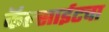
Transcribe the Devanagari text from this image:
कॅल्साईटचा